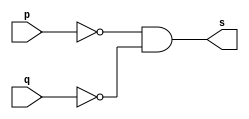
// ------------------------- 
// Exerc0005
// Nome: Pedro Henrique Vilar Locatelli 
// --------------------- 
// --------------------- 
module norgate (output s, 
input p, 
input q); 
assign s = ~(p) & ~(q); 
endmodule // nor
// --------------------- 
// -- test NORgate 
// --------------------- 
module testnorgate; 
// ------------------------- dados locais 
reg a,b; // definir registrador 
wire s; // definir conexao (fio) 
// ------------------------- instancia 
norgate NOR1 (s, a, b); 
// ------------------------- preparacao 
initial begin:start 
a= 1'b0; 
b= 1'b0;  
end 
// ------------------------- parte principal 
initial begin:main 
$display("Exerc0005 - Pedro Henrique Vilar Locatelli  - 427453"); 
$display("Test nor gate"); 
$display("\n a ^ b = s\n");
$monitor("%b ^ %b = %b", a, b, s); 
#1 a=1'b0; b=1'b1;
#1 a=1'b1; b=1'b0; 
#1 a=1'b1; b=1'b1; 
end 
endmodule // testnorgate